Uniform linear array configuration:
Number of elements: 12
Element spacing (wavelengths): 0.25
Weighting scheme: blackman
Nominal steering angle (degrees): -45
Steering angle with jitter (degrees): -46.521
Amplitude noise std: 0.05
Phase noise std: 0.05

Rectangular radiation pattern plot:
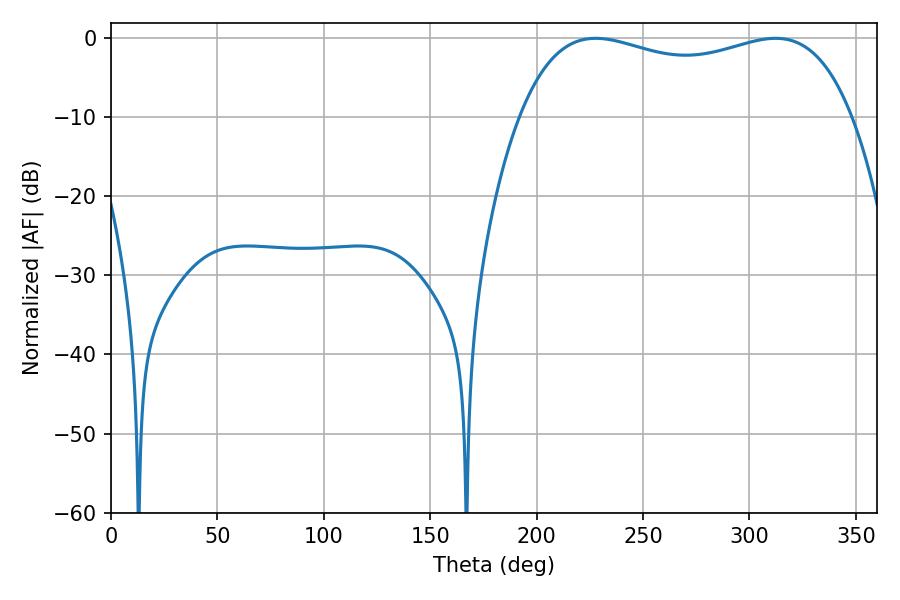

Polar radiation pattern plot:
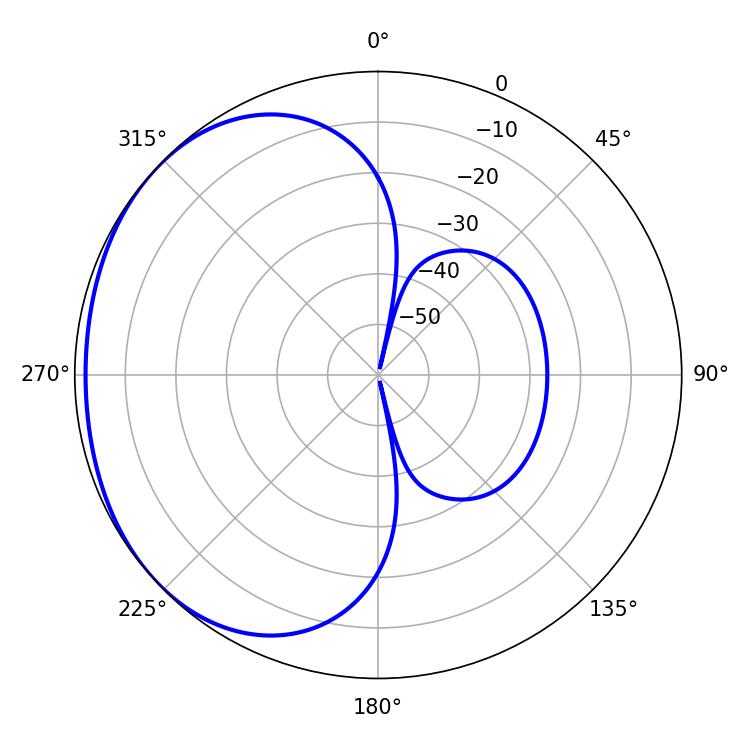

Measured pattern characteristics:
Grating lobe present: FALSE
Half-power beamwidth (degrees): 127.8
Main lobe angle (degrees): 227.7